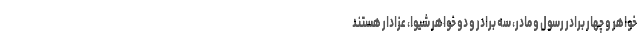
خواهر و چهار برادر رسول و مادر، سه برادر و دو خواهر شیوا، عزادار هستند